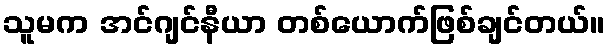
သူမက အင်ဂျင်နီယာ တစ်ယောက်ဖြစ်ချင်တယ်။